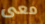
معى